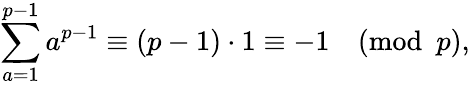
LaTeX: \sum_{a=1}^{p-1}a^{p-1}\equiv(p-1)\cdot 1\equiv-1{\pmod{p}},